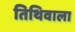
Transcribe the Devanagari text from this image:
तिथिवाला